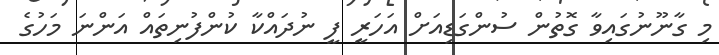
މި ގާނޫނުގައިވާ ގޮތުން ސުންގަޑިއަށް އަހަރީ ފީ ނުދައްކާ ކުންފުނިތައް އަންނަ މަހުގެ